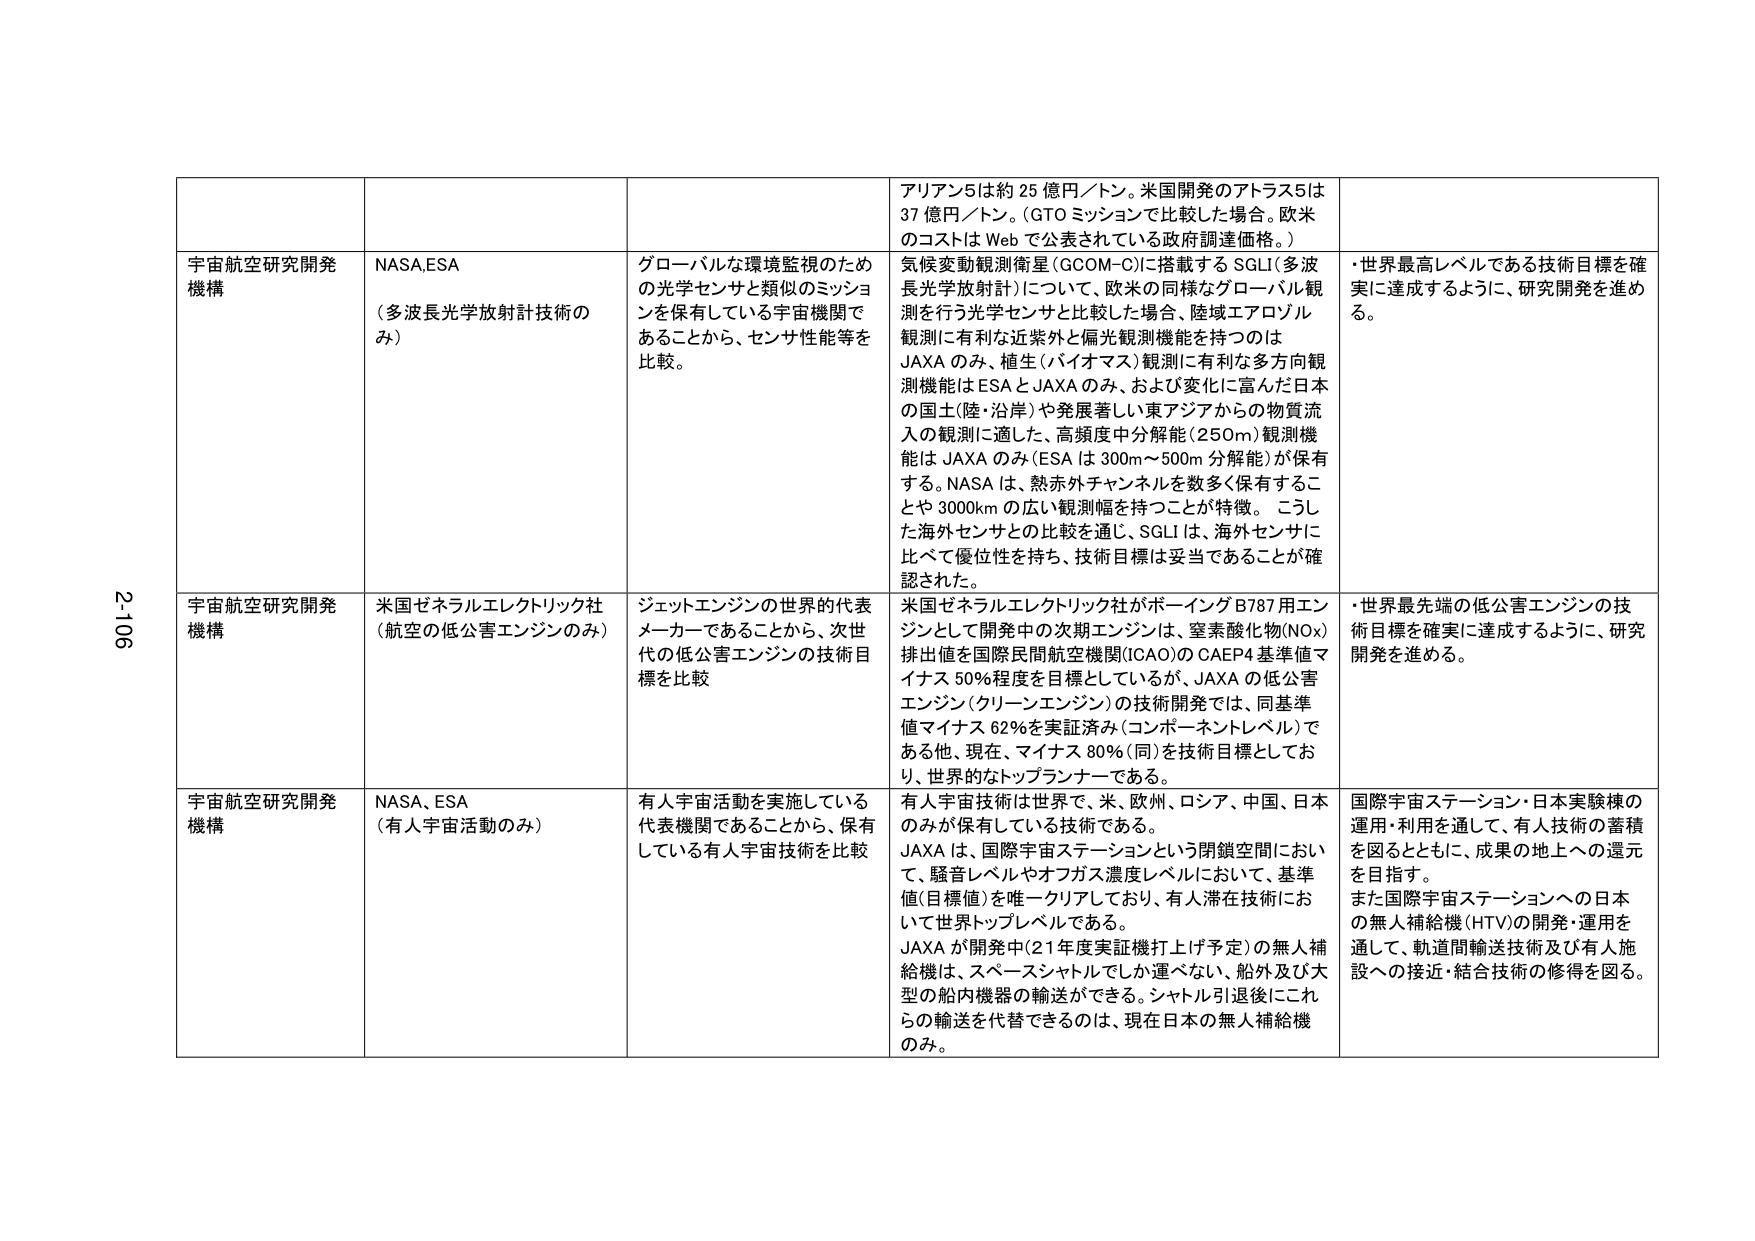
アリアン5は約25億円／トン。米国開発のアトラス5は37億円／トン。(GTOミッションで比較した場合。欧米のコストはWebで公表されている政府調達価格。)

宇宙航空研究開発機構
NASA,ESA
(多波長光学放射計技術のみ)
グローバルな環境監視のための光学センサと類似のミッションを保有している宇宙機関であることから、センサ性能等を比較。
気候変動観測衛星(GCOM-C)に搭載するSGLI(多波長光学放射計)について、欧米の同様なグローバル観測を行う光学センサと比較した場合、陸域エアロゾル観測に有利な近紫外と偏光観測機能を持つのはJAXAのみ、植生(バイオマス)観測に有利な多方向観測機能はESAとJAXAのみ、および変化に富んだ日本の国土(陸・沿岸)や発展著しい東アジアからの物質流入の観測に適した、高頻度中分解能(250m)観測機能はJAXAのみ(ESAは300m～500m分解能)が保有する。NASAは、熱赤外チャンネルを数多く保有することや3000kmの広い観測幅を持つことが特徴。こうした海外センサとの比較を通じ、SGLIは、海外センサに比べて優位性を持ち、技術目標は妥当であることが確認された。
・世界最高レベルである技術目標を確実に達成するように、研究開発を進める。

宇宙航空研究開発機構
米国ゼネラルエレクトリック社
(航空の低公害エンジンのみ)
ジェットエンジンの世界的代表メーカーであることから、次世代の低公害エンジンの技術目標を比較
米国ゼネラルエレクトリック社がボーイングB787用エンジンとして開発中の次期エンジンは、窒素酸化物(NOx)排出値を国際民間航空機関(ICAO)のCAEP4基準値マイナス50%程度を目標としているが、JAXAの低公害エンジン(クリーンエンジン)の技術開発では、同基準値マイナス62%を実証済み(コンポーネントレベル)である他、現在、マイナス80%(同)を技術目標としており、世界的なトップランナーである。
・世界最先端の低公害エンジンの技術目標を確実に達成するように、研究開発を進める。

宇宙航空研究開発機構
NASA、ESA
(有人宇宙活動のみ)
有人宇宙活動を実施している代表機関であることから、保有している有人宇宙技術を比較
有人宇宙技術は世界で、米、欧州、ロシア、中国、日本のみが保有している技術である。
JAXAは、国際宇宙ステーションという閉鎖空間において、騒音レベルやオフガス濃度レベルにおいて、基準値(目標値)を唯一クリアしており、有人滞在技術において世界トップレベルである。
JAXAが開発中(21年度実証機打上げ予定)の無人補給機は、スペースシャトルでしか運べない、船外及び大型の船内機器の輸送ができる。シャトル引退後にこれらの輸送を代替できるのは、現在日本の無人補給機のみ。
国際宇宙ステーション・日本実験棟の運用・利用を通じて、有人技術の蓄積を図るとともに、成果の地上への還元を目指す。
また国際宇宙ステーションへの日本の無人補給機(HTV)の開発・運用を通して、軌道間輸送技術及び有人施設への接近・結合技術の修得を図る。

2-106